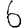
Digit: 6